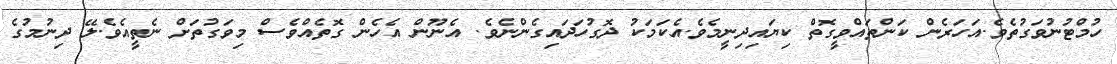
ހުމްޓުނުވަގުތެވެ.އަހަރެން ކަންތައްވީގޮތް ކިޔައިދިނީމެވެ.އެކަމަކު ދޮގުހަދައިގެންނެވެ. އެނޫން އެހެން ގޮތެއްވެސް މިވަގުތަށް ނެތީއެވެ.ލޭ ދިނުމުގެ